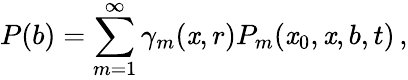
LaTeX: P(b)=\sum_{m=1}^{\infty}\gamma_{m}(\mathit{x},r)P_{m}(\mathit{x}_{0},\mathit{x},b,t)\, ,